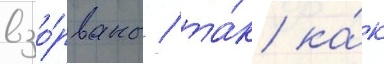
взо́рваны / та́к ка́к